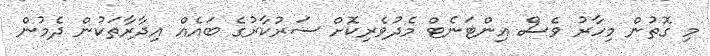
މި ގޮތުން މިހާރު ވެސް އިންޓަނެޓް މެދުވެރިކޮށް ސަރުކާރުގެ ބައެއް އިދާރާތަކުން ދެމުން